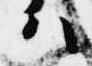
ハ